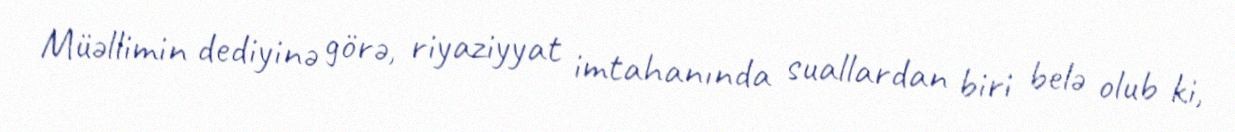
Müəllimin dediyinə görə, riyaziyyat imtahanında suallardan biri belə olub ki,